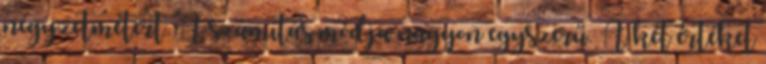
négyzetmétert. A számítás módja nagyon egyszerű. A két értéket